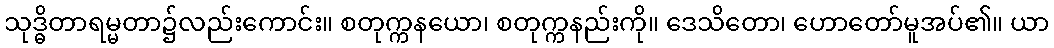
သုဒ္ဓိတာရမ္မတာ၌လည်းကောင်း။ စတုက္ကနယော၊ စတုက္ကနည်းကို။ ဒေသိတော၊ ဟောတော်မူအပ်၏။ ယာ